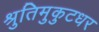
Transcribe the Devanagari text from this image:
श्रुतिमुकुटधर